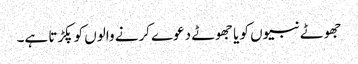
جھوٹے نبیوں کو یا جھوٹے دعوے کرنے والوں کو پکڑتا ہے۔